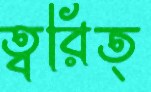
ত্বরিত্